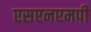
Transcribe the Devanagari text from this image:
एसएनएमपी